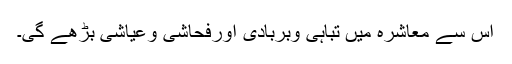
اس سے معاشرہ میں تباہی وبربادی اورفحاشی وعیاشی بڑھے گی۔